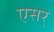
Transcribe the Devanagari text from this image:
एसर्